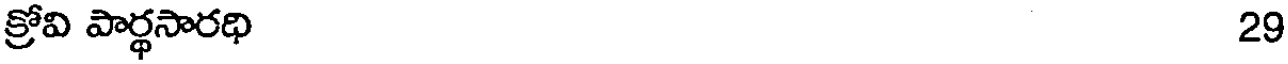
క్రోవి పార్థసారథి 29